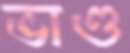
ভাণ্ড